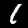
Digit: 1